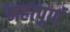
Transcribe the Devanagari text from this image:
महत्‍पूर्ण